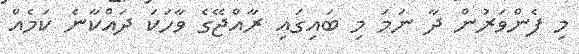
މި ފެންވަރުން ދާ ނަމަ މި ބައިގައި ރާއްޖޭގެ ވާހަކަ ދައްކާނެ ކަމެއް